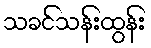
သခင်သန်းထွန်း